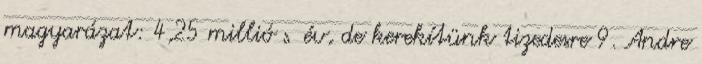
magyarázat: 4,25 millió $ év, de kerekítünk tizedesre 9. Andre